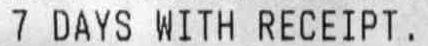
7 DAYS WITH RECEIPT.